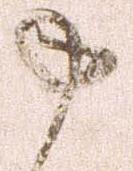
申